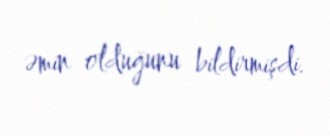
əmin olduğunu bildirmişdi.